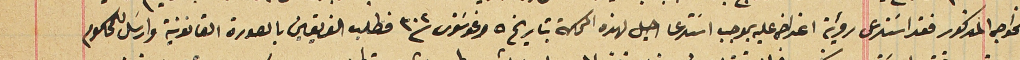
للخواجه المذكور فقد استدعى رؤية اعتراض عليه بموجب اسَتدعا احيل لهذه المحكمة بتاريخ ٥ اغوسَتوس ٣٠٢ فطلب الفريقين بالصورة القانونية وارسَل للمحكوم